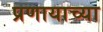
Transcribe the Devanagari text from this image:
प्रणायाच्या